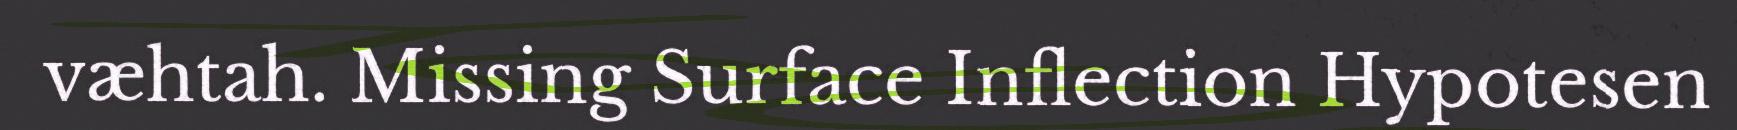
væhtah. Missing Surface Inflection Hypotesen